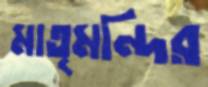
মাতৃমন্দির